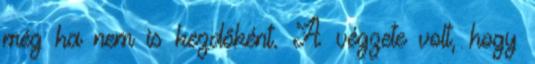
még ha nem is kezdőként. A végzete volt, hogy